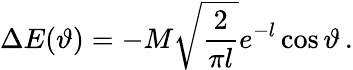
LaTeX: \Delta E(\vartheta)=-M\sqrt{\frac{2}{\pi l}}e^{-l}\cos\vartheta\, .